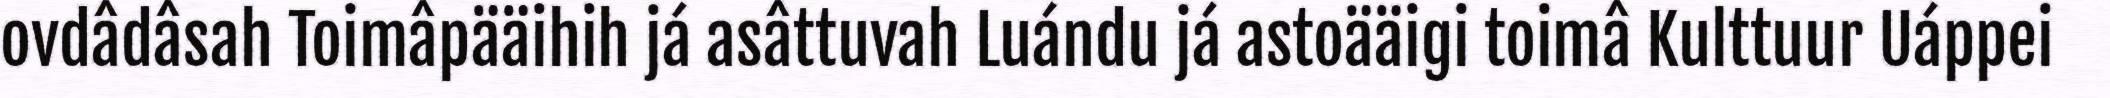
ovdâdâsah Toimâpääihih já asâttuvah Luándu já astoääigi toimâ Kulttuur Uáppei